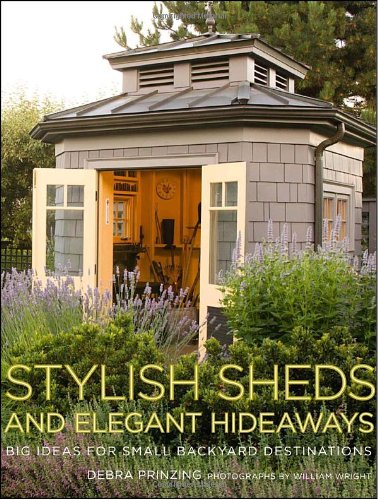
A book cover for Stylish Sheds and Elegant Hideaways: Big Ideas for Small Backyard Destinations; Debra Prinzing; Crafts, Hobbies & Home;